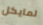
لمايكل